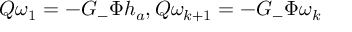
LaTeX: Q \omega _ { 1 } = - G _ { - } \Phi h _ { a } , Q \omega _ { k + 1 } = - G _ { - } \Phi \omega _ { k }